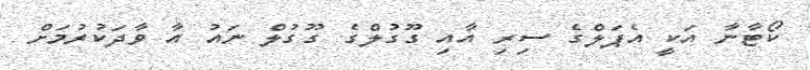
ކޯޓާނާ އަކީ އެޕަލްގެ ސިރި އާއި ގޫގުލްގެ ގޫގުލް ނައު އާ ވާދަކުރުމަށް